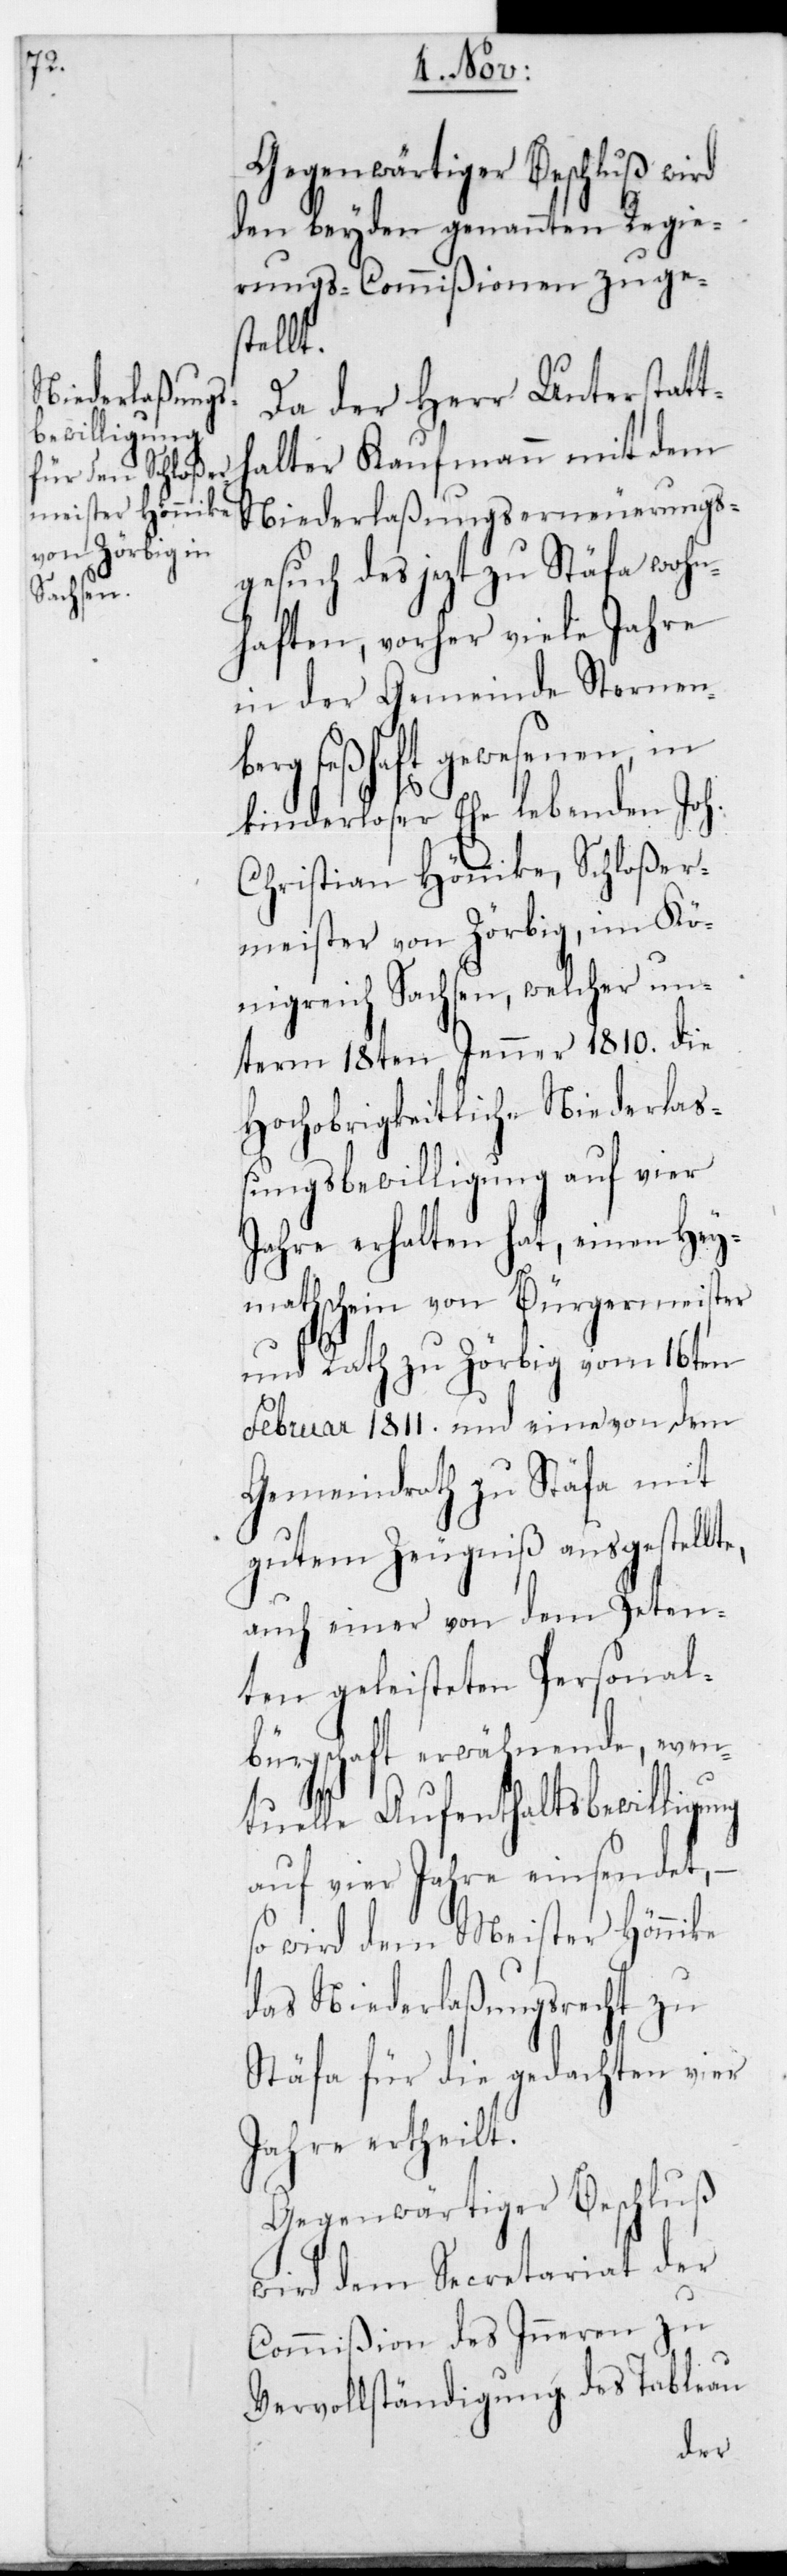
e,

Gegenwärtiger Beschluß wird
den beyden genannten Regie¬
rungs-Commißionen zuges¬
tellt.
Da der Herr Unterstatt¬
halter Kaufmann mit dem
Niederlaßungserneuerungs¬
gesuch des jezt zu Stäfa wohn¬
haften, vorher viele Jahre
in der Gemeinde Sternen¬
seßhaft gewesenen, in
kinderloser Ehe lebenden Joh:
Christian Hönnike, Schloßer¬
meister von Zörbig im Kö¬
nigreich Sachsen, welcher un¬
term 18ten Jenner 1810. die
Hochobrigkeitliche Niederlaß¬
ungsbewilligung auf vier
Jahre erhalten hat, einen Hey¬
mathschein von Bürgermeister
und Rath zu Zörbig vom 16ten
Februar 1811. und eine von dem
Gemeindrath zu Stäfa mit
gutem Zeugniß ausgestellt¬
auch einer von dem Peten¬
ten geleisteten Personal¬
bürgschaft erwähnende, even¬
tuelle Aufenthaltsbewilligung
auf vier Jahre einsendet, –
so wird dem Meister Hönnike
das Niederlaßungsrecht zu
Stäfa für die gedachten vier
Jahre ertheilt.
Gegenwärtiger Beschluß
wird dem Secretariat der
Commißion des Inneren zu
Vervollständigung des Tableau
berg